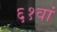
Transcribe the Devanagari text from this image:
६१वां